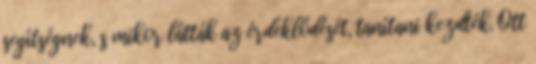
segítségnek, s mikor látták az érdeklődését, tanítani kezdték. Ott